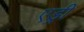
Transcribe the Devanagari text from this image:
एड्री